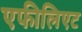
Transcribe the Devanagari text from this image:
एफीलिएट